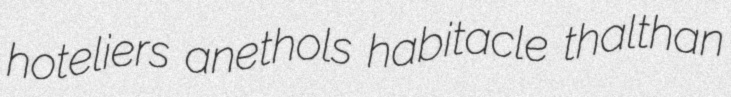
hoteliers anethols habitacle thalthan